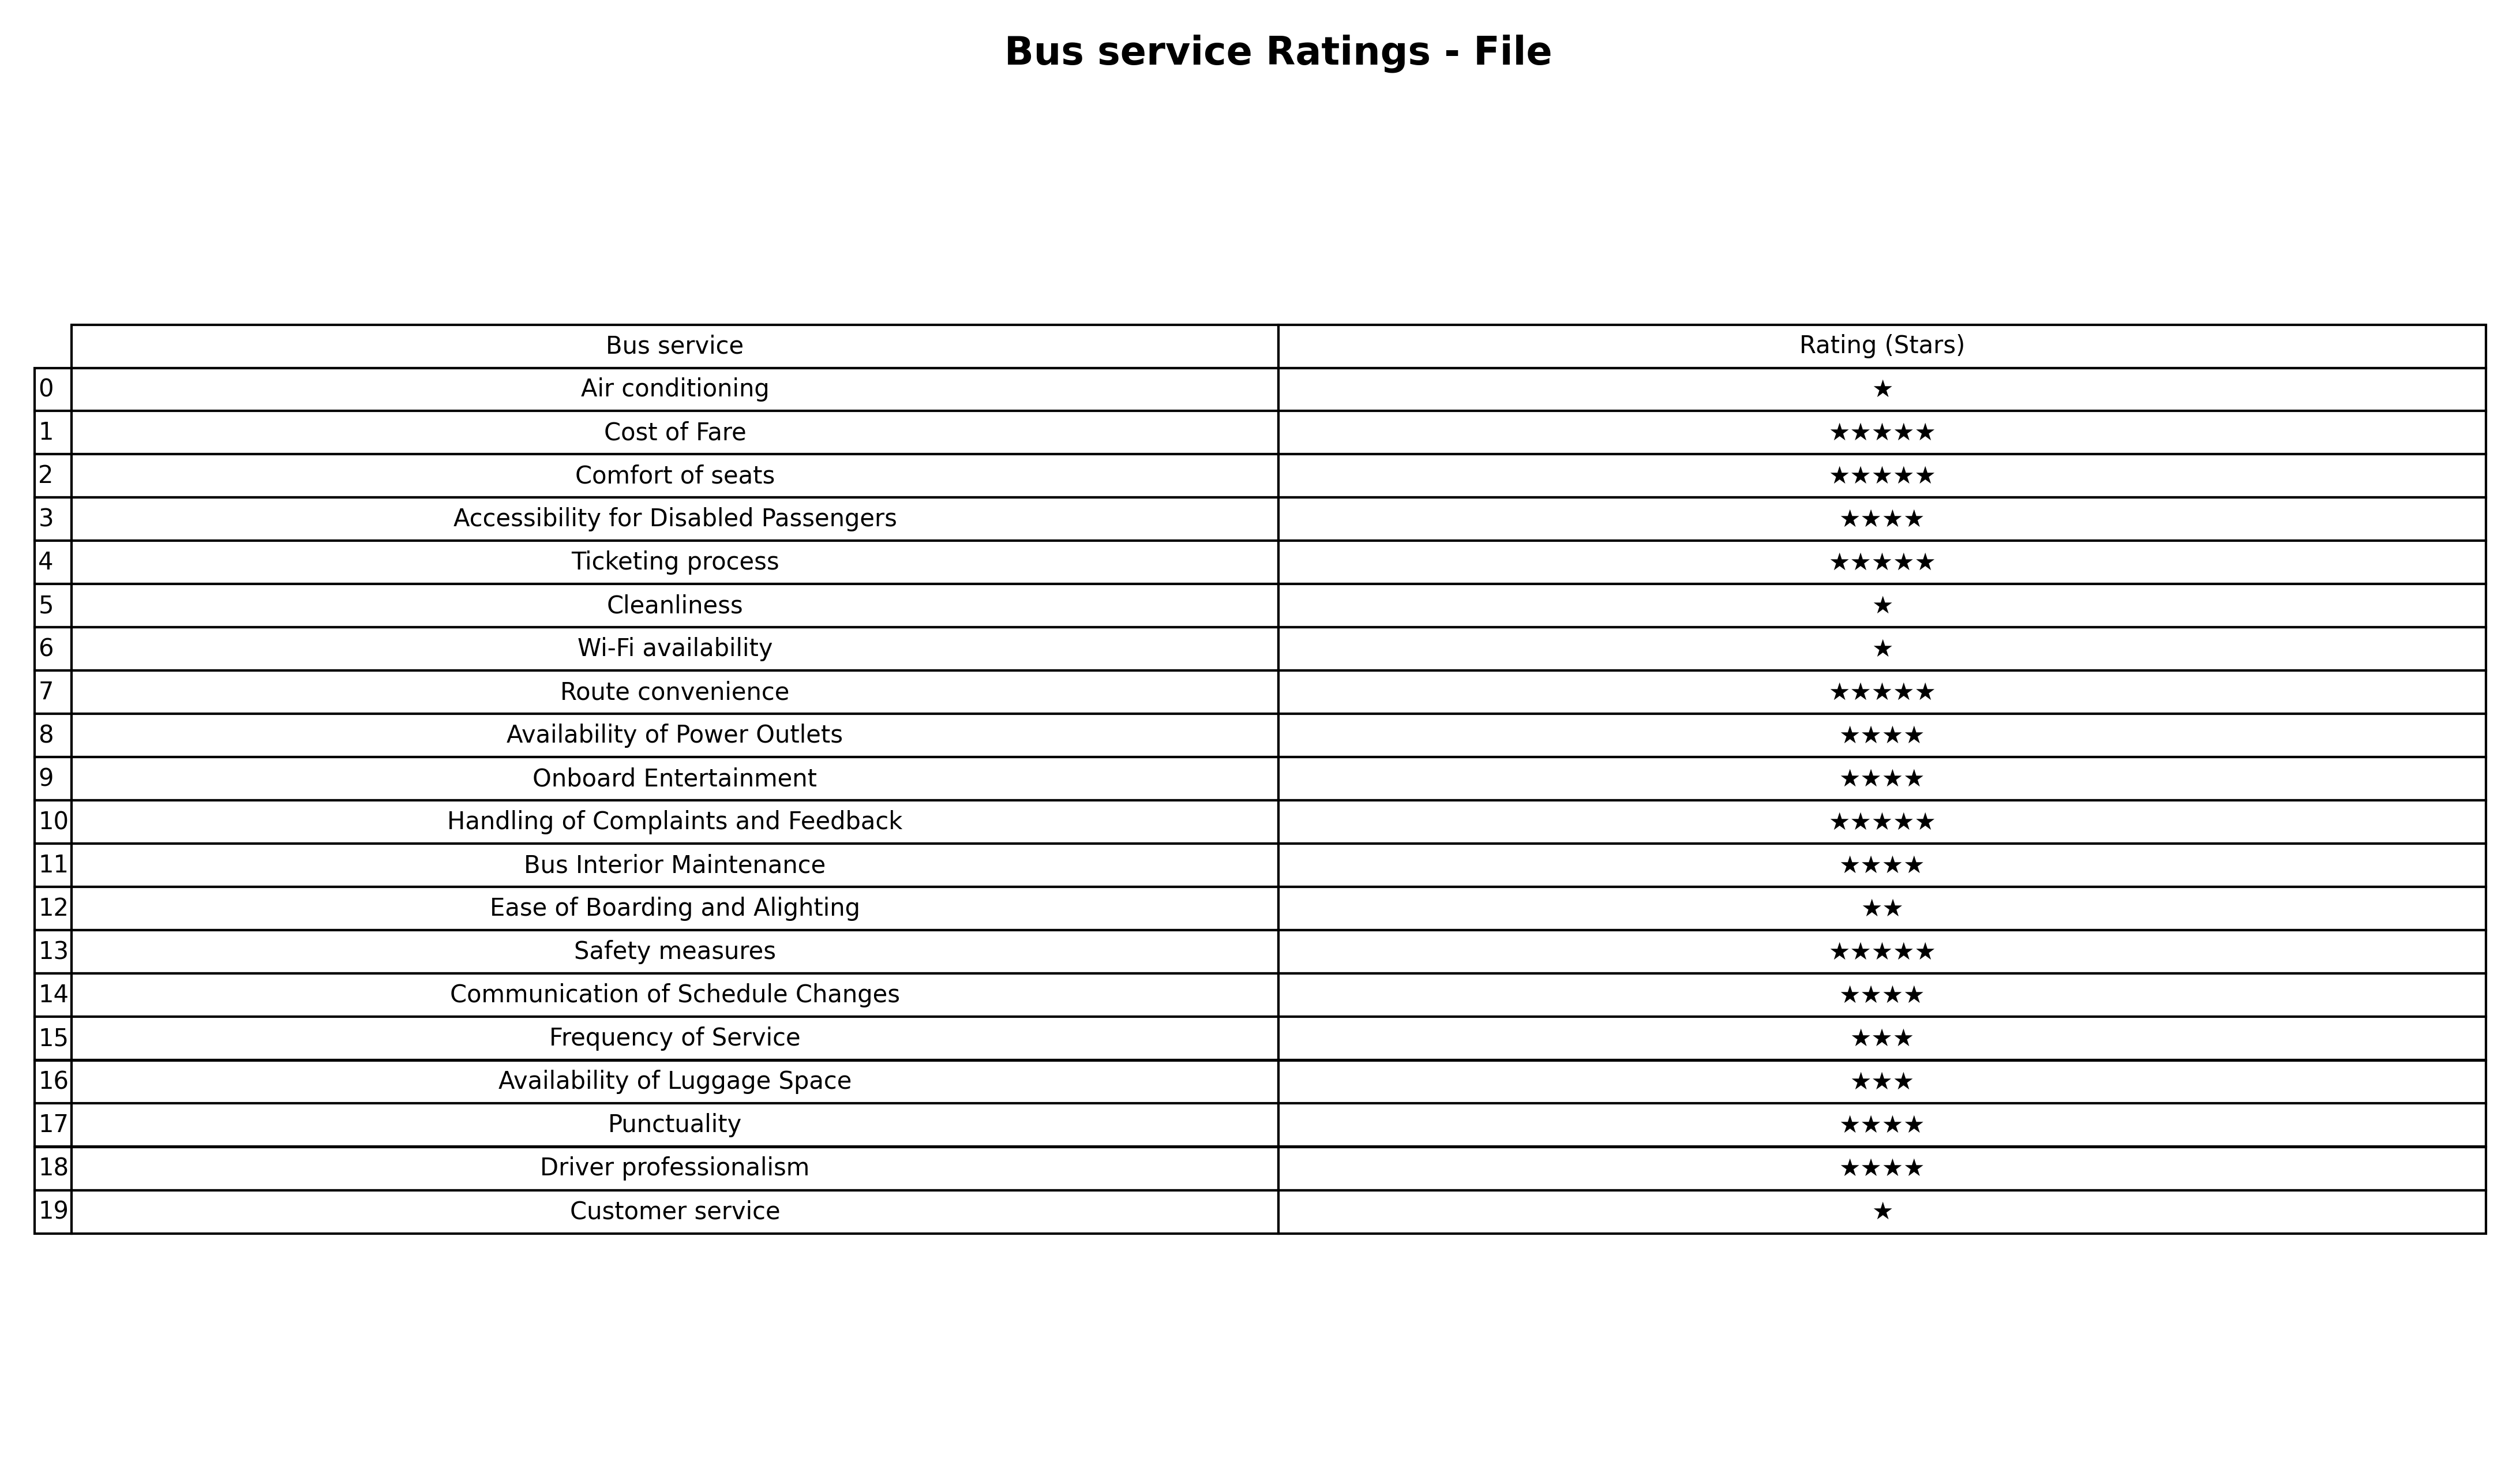
question: What is the rating of Route convenience?
answer: ★★★★★